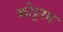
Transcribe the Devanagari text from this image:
कोट्टरम